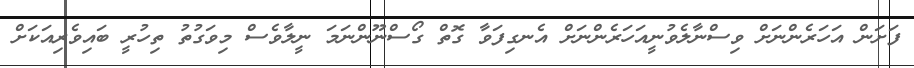
ފަށަން އަހަރެންނަށް ވިސްނާލެވުނީއަހަރެންނަށް އެނގިފަވާ ގޮތް ގޯސްނޫންނަމަ ނީލާވެސް މިވަގުތު ތިހުރީ ބައިވެރިއަކަށް